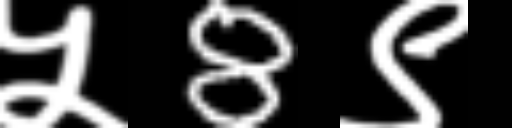
Text: ५8९